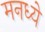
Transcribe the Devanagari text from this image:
मनध्ये